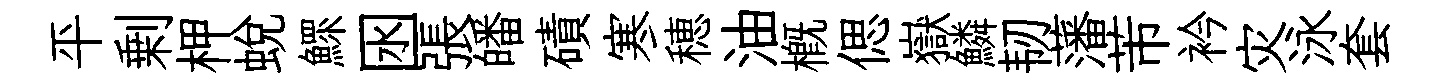
平剰柙蜕鰥囦張皤磧寒穂油概偲嶽鱗韧藩芾衿灾泳套